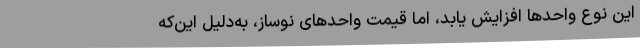
این نوع واحدها افزایش یابد، اما قیمت واحدهای نوساز، به‌دلیل این‌که